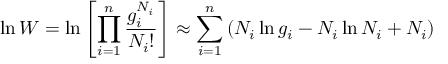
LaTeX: \ln W = \ln \left[ \prod _ { i = 1 } ^ { n } { \frac { g _ { i } ^ { N _ { i } } } { N _ { i } ! } } \right] \approx \sum _ { i = 1 } ^ { n } \left( N _ { i } \ln g _ { i } - N _ { i } \ln N _ { i } + N _ { i } \right)